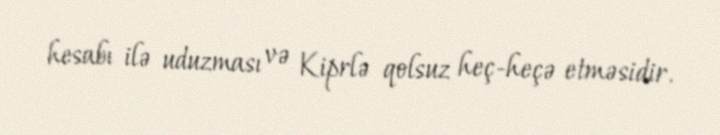
hesabı ilə uduzması və Kiprlə qolsuz heç-heçə etməsidir.